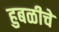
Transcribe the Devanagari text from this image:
हुबळीचे